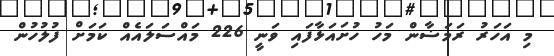
މި އަހަރު ރަމަޟާން މަހު ހުށައަޅާފައި ވަނީ 226 މައްސަލައެއް ކަމަށް ފުލުހުން